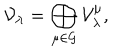
LaTeX: \mathcal { V } _ { \lambda } = \bigoplus _ { \mu \in \mathcal { G } } \mathcal { V } _ { \lambda } ^ { \mu } ,